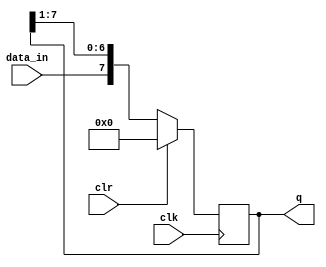
`timescale 1ns / 1ps
//////////////////////////////////////////////////////////////////////////////////
// Company: 
// Engineer: 
// 
// Design Name: 
// Module Name: SIPO
// Project Name: 
// Target Devices: 
// Tool Versions: 
// Description: 
// 
// Dependencies: 
// 
// Revision:
// Revision 0.01 - File Created
// Additional Comments:
// 
//////////////////////////////////////////////////////////////////////////////////


module SIPO(
input data_in, clk, clr,
output reg [7:0] q
);

reg [7:0] temp;

always @(posedge clk)
begin
  if (clr)
    q = 8'b00000000;
  else
    begin
      temp = q >> 1;
      q = {data_in, temp[6:0]};
    end  
end
endmodule